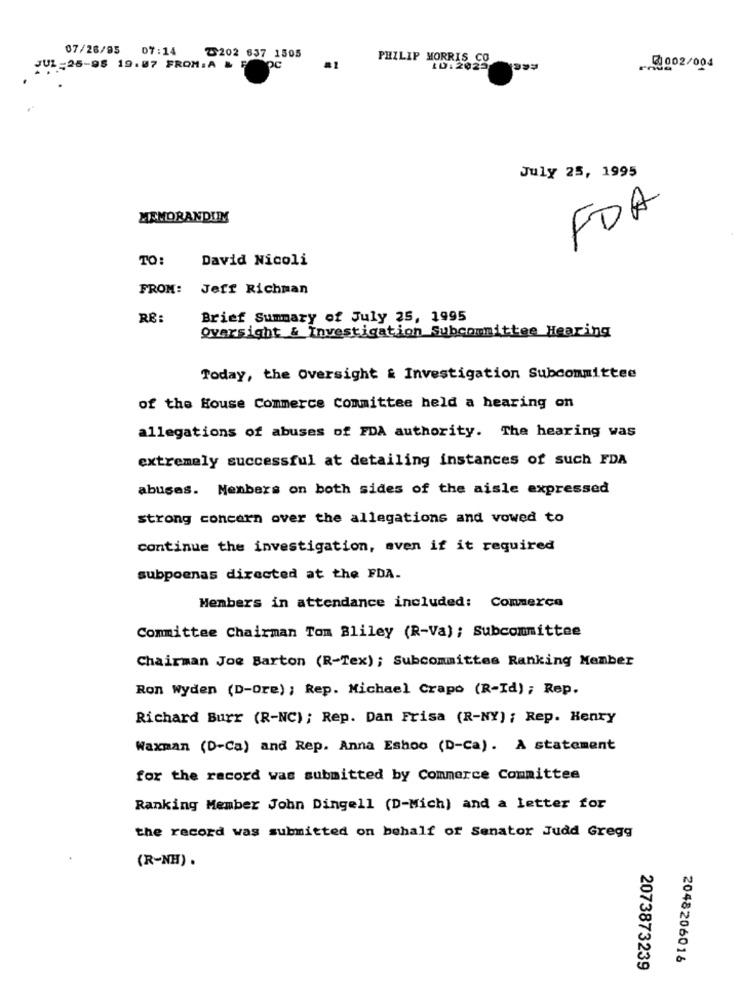
07/26/95
07:14
T202 637 1505
PHILIP MORRIS CO
JUL-25-98 19:07 FROM:A &
pc
#1
ID:2025
@002/004
July 25, 1995
MEMORANDUM
FDA
David Nicoli
TO:
FROM: Jeff Richman
RE:
Brief Summary of July 25, 1995
Oversight & Investigation Subcommittee Hearing
Today, the Oversight & Investigation Subcommittee
of the House Commerce Committee held a hearing on
allegations of abuses of FDA authority. The hearing was
extremely successful at detailing instances of such FDA
abuses. Members on both sides of the aisle expressed
strong concern over the allegations and vowed to
continue the investigation, aven if it required
subpoenas directed at the FDA.
Members in attendance included: Commerce
Committee Chairman Tom Bliley (R-Va); Subcommittee
Chairman Joe Barton (R-Tex); Subcommittee Ranking Member
Ron Wyden (D-Ore) ; Rep. Michael Crapo (R-Id) ; Rep.
Richard Burr (R-NC) ; Rep. Dan Frisa (R-NY) ; Rep. Henry
Waxman (D-Ca) and Rep. Anna Eshoo (D-Ca). A statement
for the record was submitted by Commerce Committee
Ranking Member John Dingell (D-Mich) and a letter for
the record was submitted on behalf of Senator Judd Gregg
(R-NH) .
2048206016
2073873239